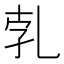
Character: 𠃱